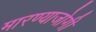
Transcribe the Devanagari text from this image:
मारण्याजोगी